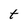
Character: t